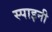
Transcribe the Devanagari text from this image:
स्पाइनी